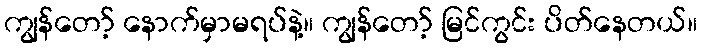
ကျွန်တော့် နောက်မှာမရပ်နဲ့။ ကျွန်တော့် မြင်ကွင်း ပိတ်နေတယ်။